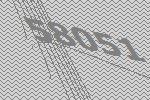
58051